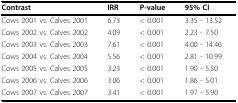
<table><thead><tr><td><b>Contrast</b></td><td><b>IRR</b></td><td><b>P-value</b></td><td><b>95% CI</b></td></tr></thead><tbody><tr><td>Cows 2001 vs. Calves 2001</td><td>6.73</td><td>&lt; 0.001</td><td>3.35 - 13.52</td></tr><tr><td>Cows 2002 vs. Calves 2002</td><td>4.09</td><td>&lt; 0.001</td><td>2.23 - 7.50</td></tr><tr><td>Cows 2003 vs. Calves 2003</td><td>7.61</td><td>&lt; 0.001</td><td>4.00 - 14.46</td></tr><tr><td>Cows 2004 vs. Calves 2004</td><td>5.56</td><td>&lt; 0.001</td><td>2.81 - 10.99</td></tr><tr><td>Cows 2005 vs. Calves 2005</td><td>3.23</td><td>&lt; 0.001</td><td>1.90 - 5.50</td></tr><tr><td>Cows 2006 vs. Calves 2006</td><td>3.06</td><td>&lt; 0.001</td><td>1.86 - 5.01</td></tr><tr><td>Cows 2007 vs. Calves 2007</td><td>3.41</td><td>&lt; 0.001</td><td>1.97 - 5.90</td></tr></tbody></table>